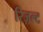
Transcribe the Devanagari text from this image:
रिज़ल्ट